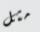
مثل